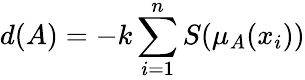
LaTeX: d(A)=-k\sum_{i=1}^{n}S(\mu_{A}(x_{i}))